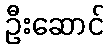
ဦးဆောင်